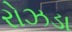
રોઝડા